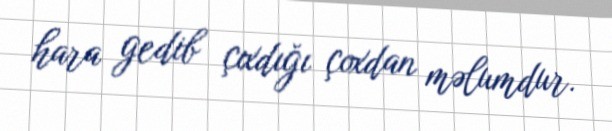
hara gedib çıxdığı çoxdan məlumdur.